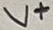
Text: V+